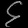
Digit: ၄